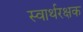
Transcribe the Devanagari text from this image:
स्वार्थरक्षक